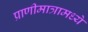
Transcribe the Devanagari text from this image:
प्राणीमात्रामध्ये